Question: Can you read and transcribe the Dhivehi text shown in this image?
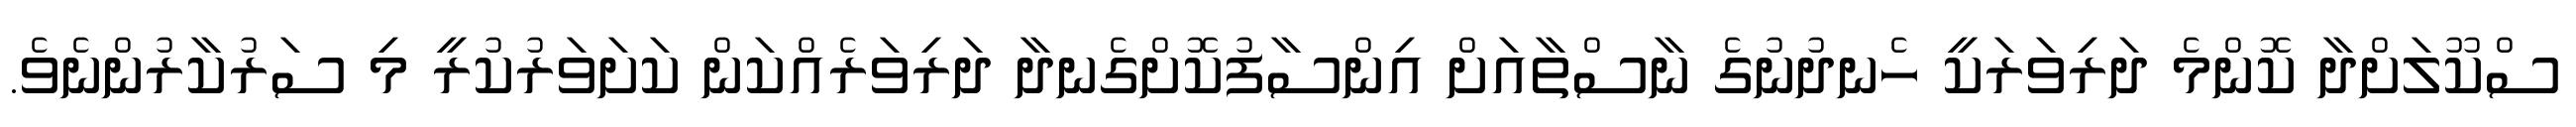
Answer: ސްކޫލަށްދާ ކޮންމެ ދަރިވަރަކީ ހެނދުނުގެ ނާސްތާއަށް އިންސާފުކޮށްގެނދާ ދަރިވަރެއްކަން ކަށަވަރުކުރީ މި ސަރުކާރުންނެވެ.